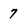
Character: 7